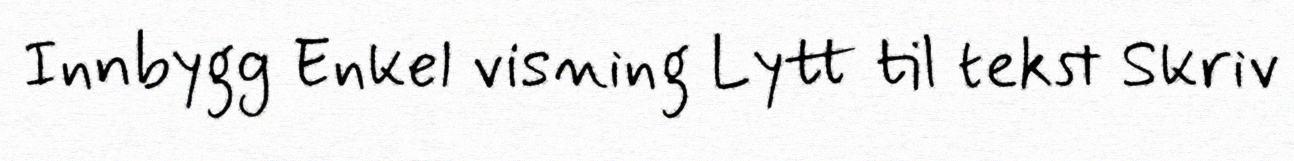
Innbygg Enkel visning Lytt til tekst Skriv